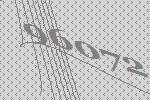
96072